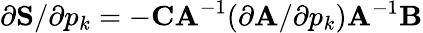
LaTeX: \partial\mathbf{S}/\partial p_{k}=-\mathbf{CA}^{-1}(\partial\mathbf{A}/\partial p_{k})\mathbf{A}^{-1}\mathbf{B}